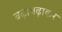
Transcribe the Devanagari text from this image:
बढ़ाबढ़ाकर